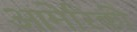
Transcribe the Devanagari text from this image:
आमेरिकी